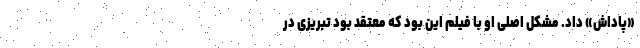
«پاداش» داد. مشکل اصلی او با فیلم این بود که معتقد بود تبریزی در